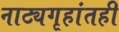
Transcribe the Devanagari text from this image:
नाट्यगृहांतही